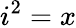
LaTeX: i^{2}=x